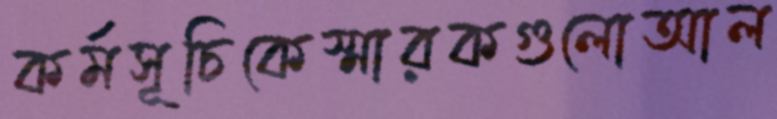
কর্মসূচিকেস্মারকগুলোআল